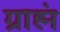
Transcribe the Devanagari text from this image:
ग्राह्मं